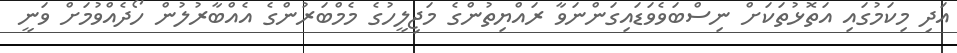
އަދި މިކަމުގައި އަތޮޅުތަކަށް ނިސްބަވެވަޑައިގަންނަވާ ރައްޔިތުންގެ މަޖިލީހުގެ މެމްބަރުންގެ އެއްބާރުލުން ހޯދެއްވުމަށް ވަނީ